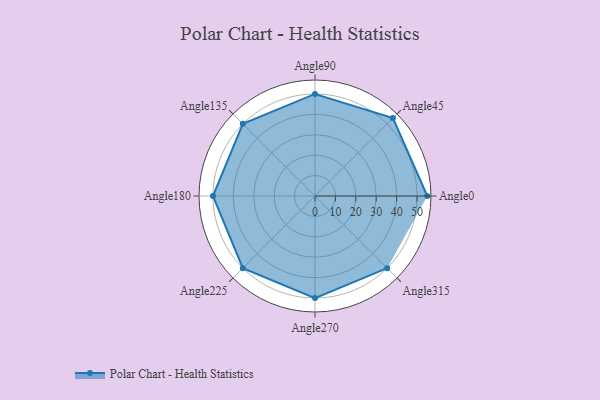
{"axis": {"x": "Angle", "y": "Radius"}, "legend": [""], "data": [{"x": "Angle0", "y": 55.0, "type": ""}, {"x": "Angle45", "y": 54.0, "type": ""}, {"x": "Angle90", "y": 50, "type": ""}, {"x": "Angle135", "y": 50, "type": ""}, {"x": "Angle180", "y": 50, "type": ""}, {"x": "Angle225", "y": 50, "type": ""}, {"x": "Angle270", "y": 50, "type": ""}, {"x": "Angle315", "y": 50, "type": ""}]}